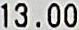
13.00